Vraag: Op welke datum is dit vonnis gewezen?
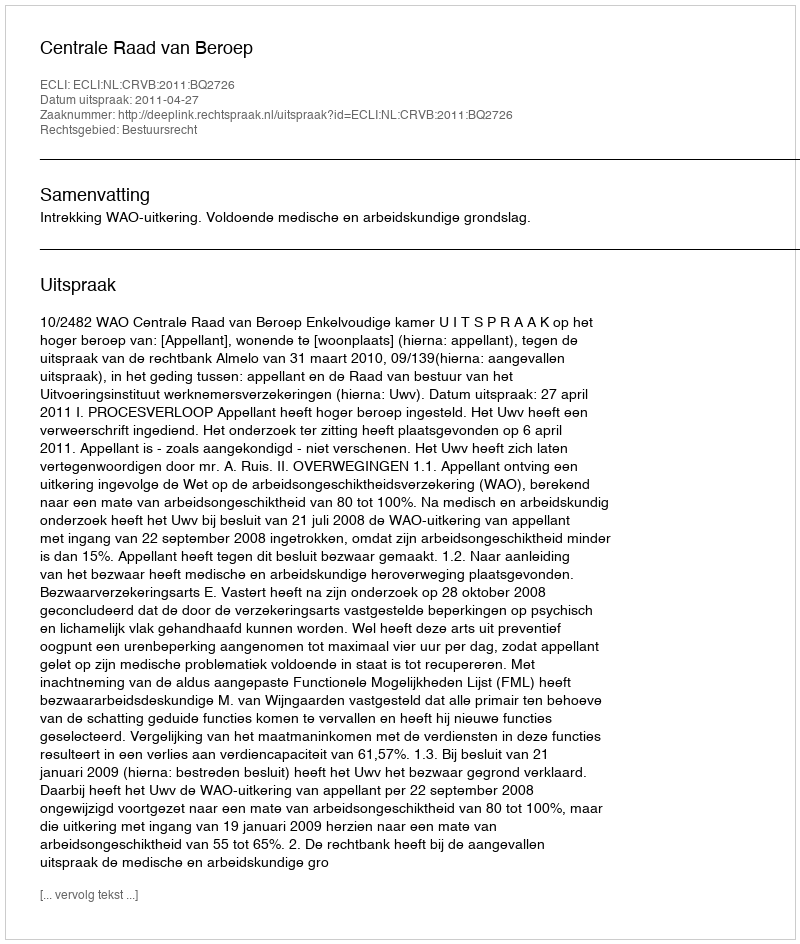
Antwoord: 2011-04-27